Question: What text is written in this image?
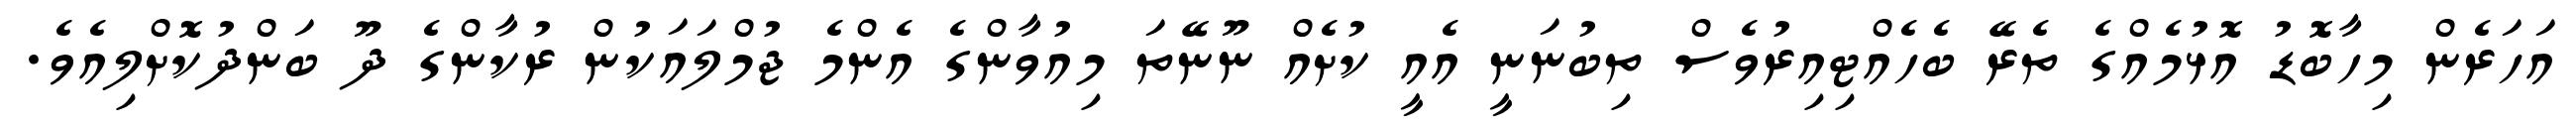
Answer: އަހަރެން މިހާބޮޑު އޮޅުމެއްގެ ތެރޭ ބެހެއްޓިއިރުވެސް ތިބުނަނީ އެއީ ކުށެއް ނޫނޭތަ މިއުވާންގެ އެންމެ ޖުމްލައަކުން ރުކާންގެ ދޫ ބަންދުކޮށްލިއެވެ.